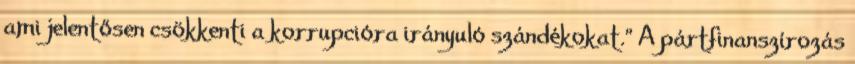
ami jelentősen csökkenti a korrupcióra irányuló szándékokat." A pártfinanszírozás